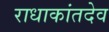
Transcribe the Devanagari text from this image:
राधाकांतदेव